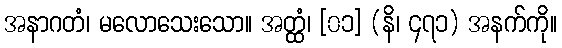
အနာဂတံ၊ မလောသေးသော။ အတ္ထံ၊ [၀၁] (နိ၊ ၄၇၁) အနက်ကို။